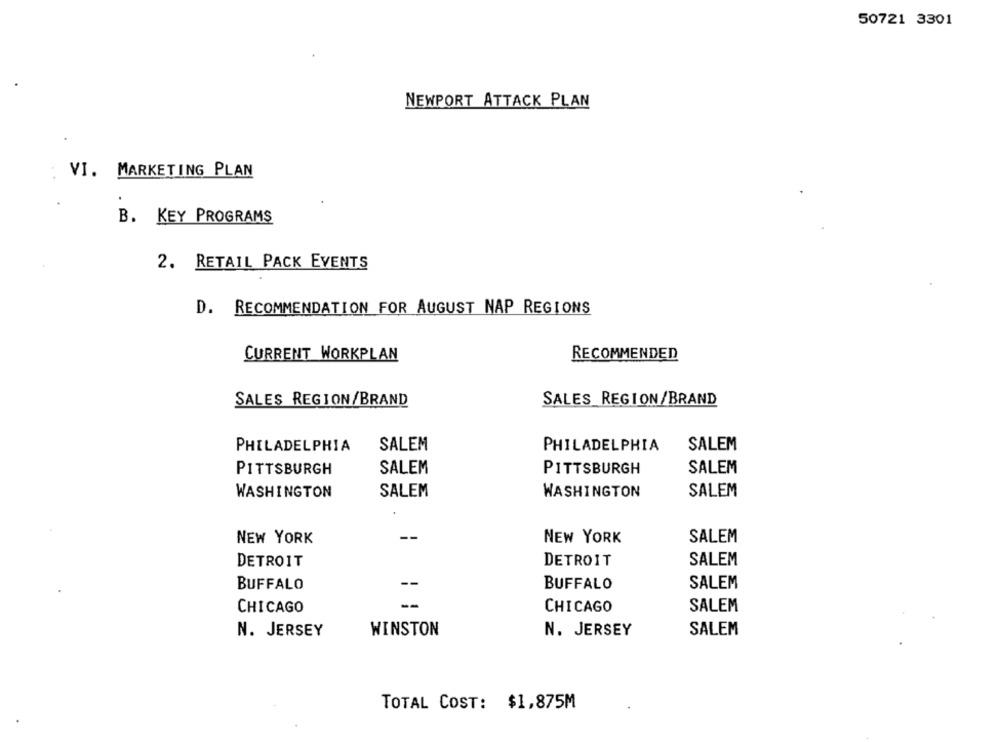
50721 3301
NEWPORT ATTACK PLAN
VI. MARKETING PLAN
B. KEY PROGRAMS
2. RETAIL PACK EVENTS
D. RECOMMENDATION FOR AUGUST NAP REGIONS
CURRENT WORKPLAN
RECOMMENDED
SALES REGION/BRAND
SALES REGION/BRAND
SALEM
PHILADELPHIA
SALEM
PHILADELPHIA
PITTSBURGH
SALEM
PITTSBURGH
SALEM
WASHINGTON
SALEM
WASHINGTON
SALEM
NEW YORK
--
NEW YORK
SALEM
DETROIT
DETROIT
SALEM
BUFFALO
--
BUFFALO
SALEM
CHICAGO
CHICAGO
SALEM
N. JERSEY
WINSTON
N. JERSEY
SALEM
TOTAL COST: $1,875M